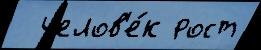
  челов'е́к рост